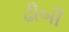
ઢીબી